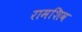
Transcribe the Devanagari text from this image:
रामशिव